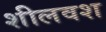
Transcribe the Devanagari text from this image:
शीलवश